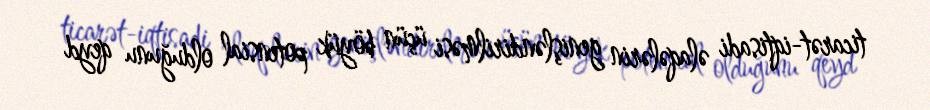
ticarət-iqtisadi əlaqələrin genişləndirilməsi üçün böyük potensial olduğunu qeyd